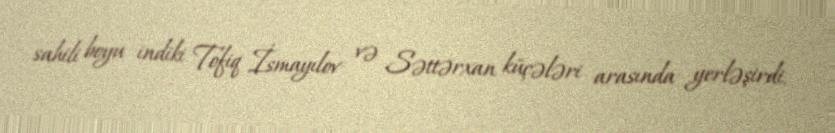
sahili boyu indiki Tofiq İsmayılov və Səttərxan küçələri arasında yerləşirdi.